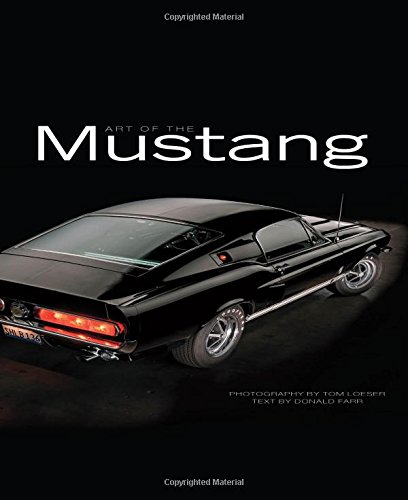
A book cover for Art of the Mustang; Donald Farr; Engineering & Transportation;